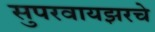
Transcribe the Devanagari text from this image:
सुपरवायझरचे